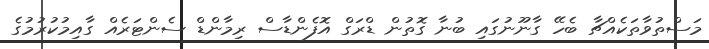
މަސްތުވާތަކެއްޗާ ބެހޭ ގާނޫނުގައި ބުނާ ގޮތުން ޑްރަގް އޮފެންޑާސް ރިމާންޑް ސެންޓަރެއް ގާއިމުކުރުމުގެ